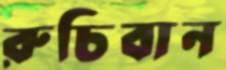
রুচিবান